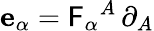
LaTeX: \mathbf{e}_{\alpha}=\mathsf{F}_{\alpha}{}^{A}\, \partial_{A}